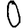
Digit: 0